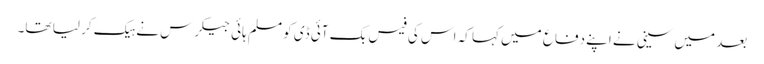
بعد میں سینی نے اپنے دفاع میں کہا کہ اس کی فیس بک آئی ڈی کو مسلم ہائی جیکرس نے ہیک کر لیا تھا۔